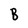
Character: B